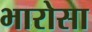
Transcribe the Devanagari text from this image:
भारोसा